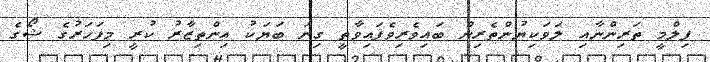
ފިލްމީ ތަރިންނާއި ލަވަކިޔުންތެރިން ބައިވެރިވެފައިވާތީ ގިނަ ބަޔަކު އިންތިޒާރު ކުރީ މިފަހަރުގެ ޝޯގެ